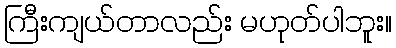
ကြီးကျယ်တာလည်း မဟုတ်ပါဘူး။